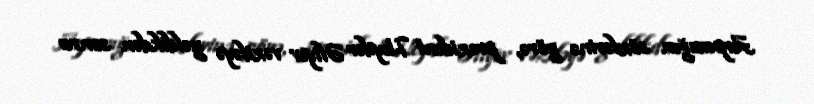
Arpacığın sözlərinə görə, prezident Heydər Əliyev vəzifəyə gəldikdən sonra